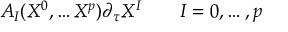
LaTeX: A _ { I } ( X ^ { 0 } , \dots X ^ { p } ) \partial _ { \tau } X ^ { I } \qquad I = 0 , \dots , p